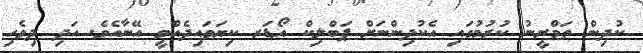
ކުދިން ތަމްރީނު ކުރުމުގައި އެކުދިންނަށް ޕަބްލިކް އޯޑަރ ކިޔަވައިދެއްވީ އޭނާއެވެ. އަދި ދިވެހި